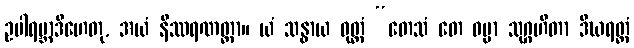
ဥပါရမ္ဘာဒိဟေတု, အယံ နိဿရဏတ္ထာ။ ယံ သန္ဓာယ ဝုတ္တံ “တေသံ တေ ဓမ္မာ သုဂ္ဂဟိတာ ဒီဃရတ္တံ